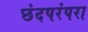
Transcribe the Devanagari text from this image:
छंदपरंपरा